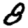
Digit: 8